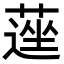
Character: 𦹇